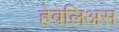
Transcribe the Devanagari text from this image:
हेवेलिअस